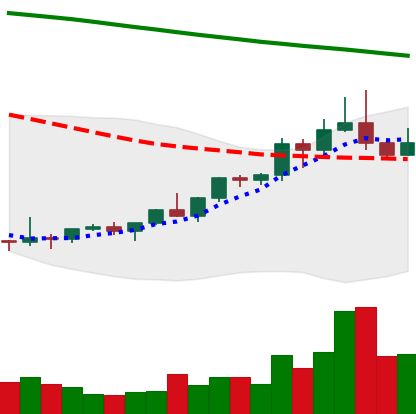
Ticker: ETC-USD
Chart end date: 2022-02-13
Forward return: -11.132%
Label: down_7plus